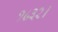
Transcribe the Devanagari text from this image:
१८३२।